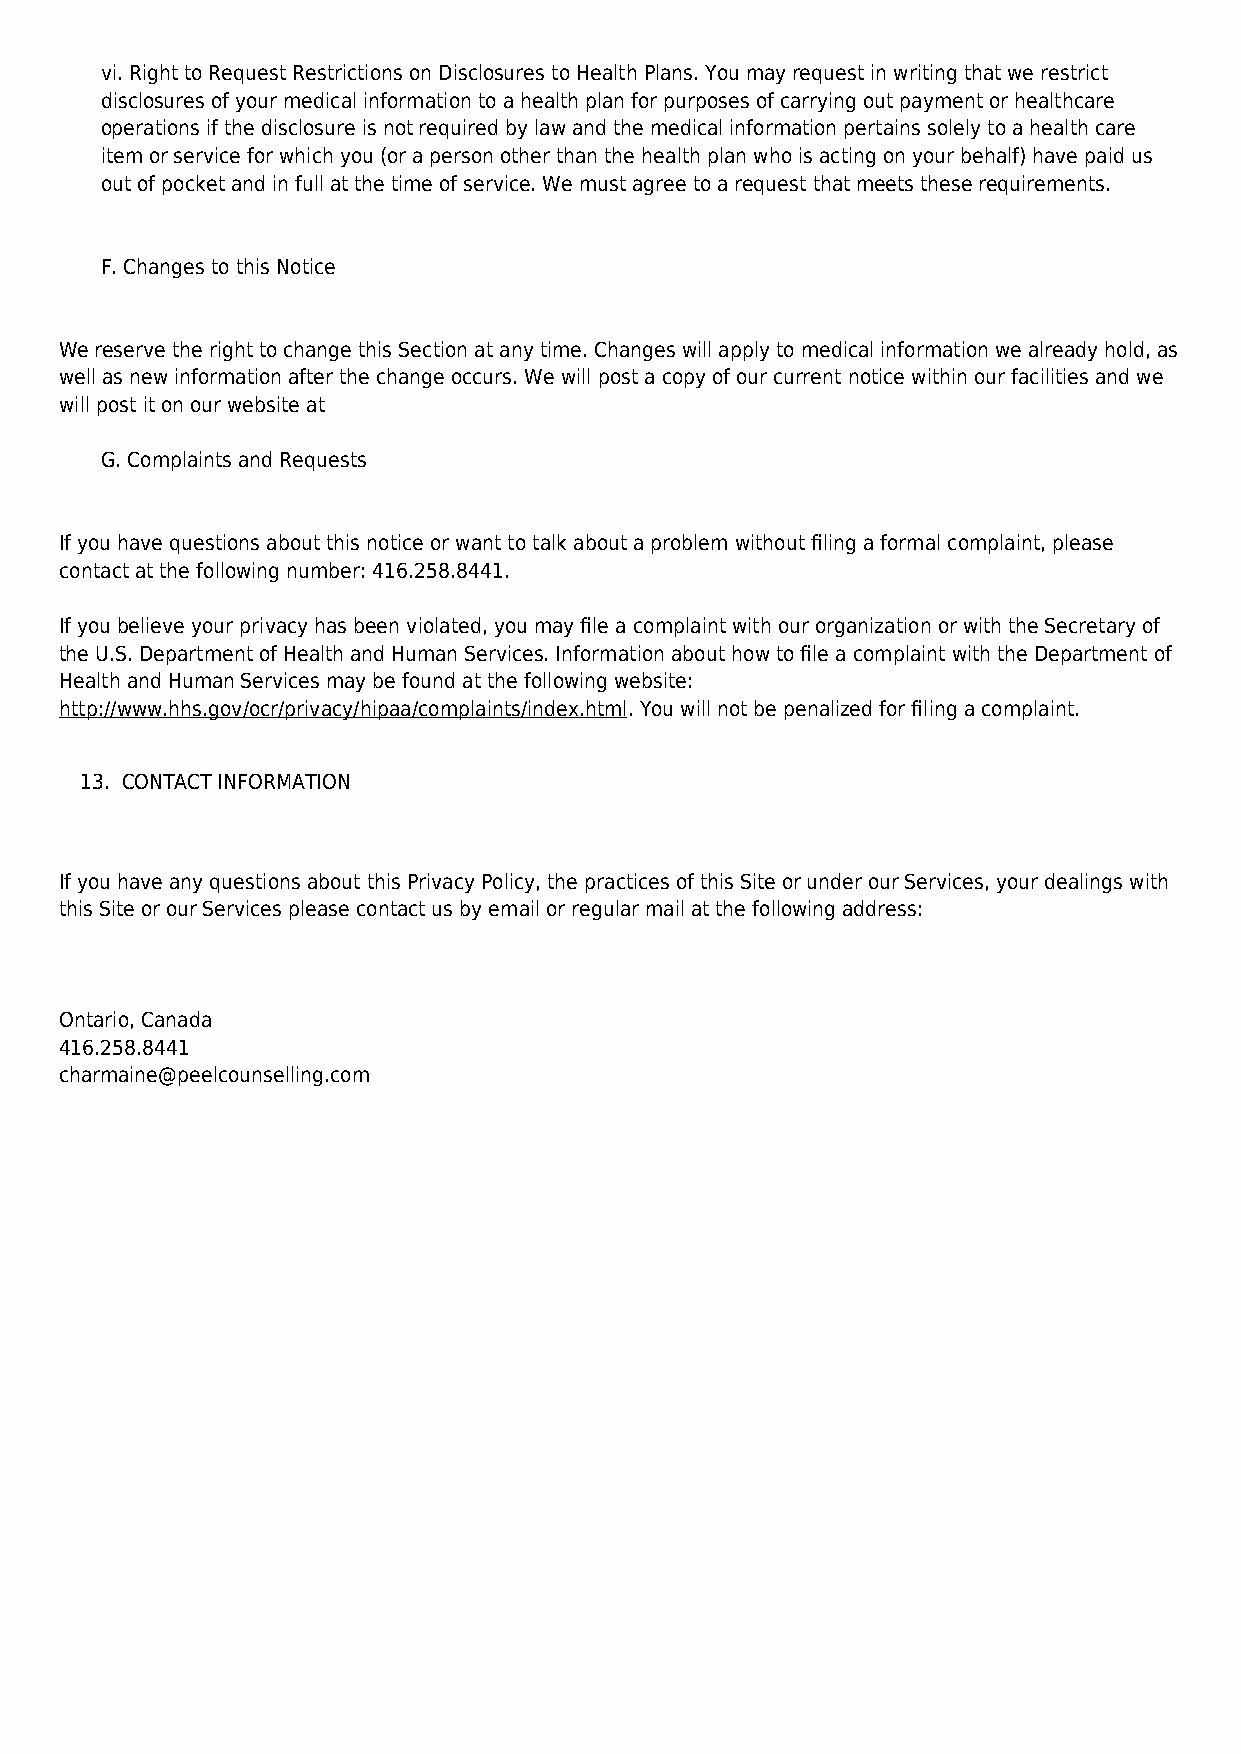
vi. Right to Request Restrictions on Disclosures to Health Plans. You may request in writing that we restrict
 disclosures of your medical information to a health plan for purposes of carrying out payment or healthcare
 operations if the disclosure is not required by law and the medical information pertains solely to a health care
 item or service for which you (or a person other than the health plan who is acting on your behalf) have paid us
 out of pocket and in full at the time of service. We must agree to a request that meets these requirements.
 F. Changes to this Notice
 We reserve the right to change this Section at any time. Changes will apply to medical information we already hold, as
 well as new information after the change occurs. We will post a copy of our current notice within our facilities and we
 will post it on our website at
 G. Complaints and Requests
 If you have questions about this notice or want to talk about a problem without filing a formal complaint, please
 contact at the following number: 416.258.8441.
 If you believe your privacy has been violated, you may file a complaint with our organization or with the Secretary of
 the U.S. Department of Health and Human Services. Information about how to file a complaint with the Department of
 Health and Human Services may be found at the following website:
 http://www.hhs.gov/ocr/privacy/hipaa/complaints/index.html. You will not be penalized for filing a complaint.
 13. CONTACT INFORMATION
 If you have any questions about this Privacy Policy, the practices of this Site or under our Services, your dealings with
 this Site or our Services please contact us by email or regular mail at the following address:
 Ontario, Canada
 416.258.8441
 charmaine@peelcounselling.com